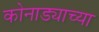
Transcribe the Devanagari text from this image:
कोनाड्याच्या